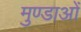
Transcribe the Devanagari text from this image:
मुण्डाओं